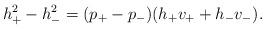
LaTeX: \begin{align*} h_+^2-h_-^2=(p_+-p_-)(h_+v_++h_-v_-).\end{align*}